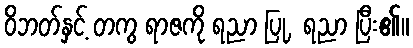
ဝိဘတ်နှင့် တကွ ရာဇကို ရညာ ပြု, ရညာ ပြီး၏။